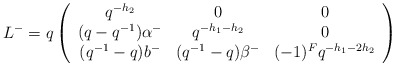
\begin{align*}L^-=q\left(\begin{array}{ccc}q^{-h_2} & 0 & 0 \\(q-q^{-1})\alpha^- & q^{-h_1-h_2} & 0 \\(q^{-1}-q)b^- & (q^{-1}-q)\beta^- & (-1)^Fq^{-h_1-2h_2}\end{array}\right)\end{align*}